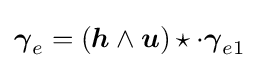
{\boldsymbol {\gamma }}_{e}=({\boldsymbol {h}}\wedge {\boldsymbol {u}})\star \cdot {\boldsymbol {\gamma }}_{e1}